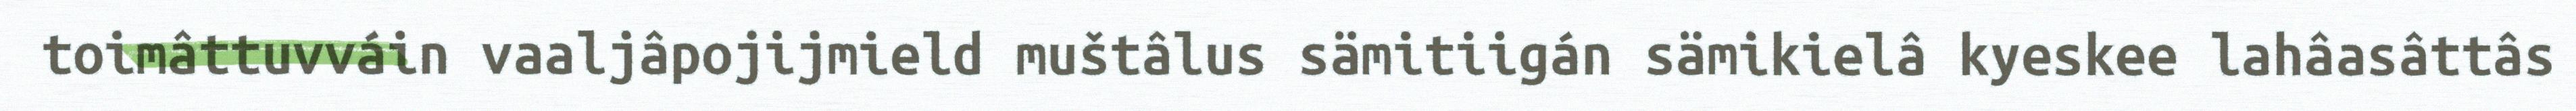
toimâttuvváin vaaljâpojijmield muštâlus sämitiigán sämikielâ kyeskee lahâasâttâs